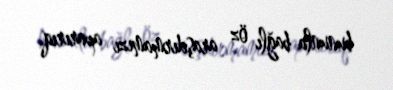
bununla bağlı öz araşdırmamızı aparırıq.